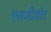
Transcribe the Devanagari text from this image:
एनजीओत